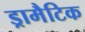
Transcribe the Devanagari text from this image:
ड्रामैटिक